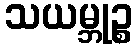
သယမ္ဘုဉ္စ